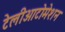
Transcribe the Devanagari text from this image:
टेलीआटोमेशन